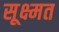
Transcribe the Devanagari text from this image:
सूक्ष्मत